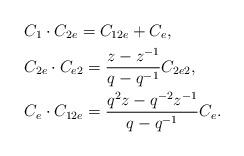
LaTeX: \begin{align*}&C_1 \cdot C_{2e}=C_{12e}+C_e,\\&C_{2e}\cdot C_{e2}=\frac{z-z^{-1}}{q-q^{-1}}C_{2e2}, \\&C_e\cdot C_{12e}=\frac{q^{2}z-q^{-2}z^{-1}}{q-q^{-1}}C_e.\end{align*}